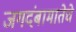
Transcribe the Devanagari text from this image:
जगदंबामातेचे